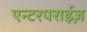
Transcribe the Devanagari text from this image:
एन्टरपराईज़